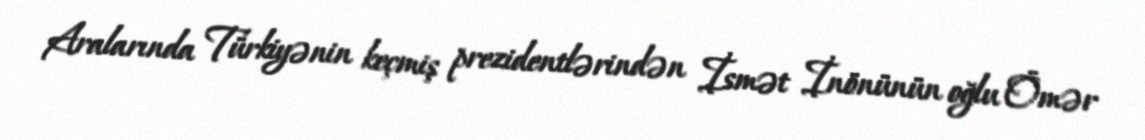
Aralarında Türkiyənin keçmiş prezidentlərindən İsmət İnönünün oğlu Ömər